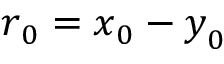
\boldsymbol { r } _ { 0 } = \boldsymbol { x } _ { 0 } - \boldsymbol { y } _ { 0 }